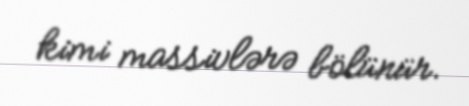
kimi massivlərə bölünür.